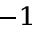
^ { - 1 }